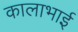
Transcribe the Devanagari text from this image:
कालाभाई